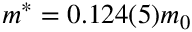
m ^ { * } = 0 . 1 2 4 ( 5 ) m _ { 0 }